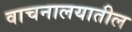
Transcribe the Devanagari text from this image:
वाचनालयातील